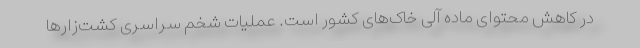
در کاهش محتوای ماده آلی خاک‌های کشور است. عملیات شخم سراسری کشت‌زارها